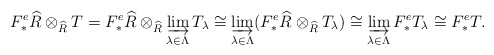
\begin{align*}F^e_*\widehat{R} \otimes_{\widehat{R}} T = F^e_*\widehat{R} \otimes_{\widehat{R}} \varinjlim_{\lambda \in \Lambda} T_{\lambda} \cong \varinjlim_{\lambda \in \Lambda} (F^e_*\widehat{R} \otimes_{\widehat{R}} T_{\lambda}) \cong \varinjlim_{\lambda \in \Lambda} F^e_*T_{\lambda} \cong F^e_* T.\end{align*}